Punjab Mental Hospital Lahore 1932-46 - 1932-1946
Year: 1932
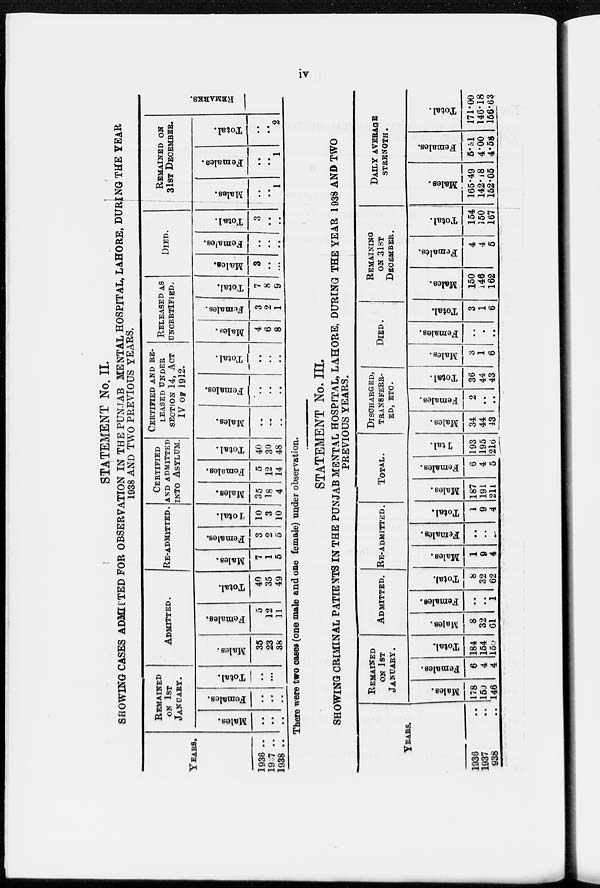
iv
STATEMENT No. II.
SHOWING CASES ADMITTED FOR OBSERVATION IN THE PUNJAB MENTAL HOSPITAL, LAHORE, DURING THE YEAR
1938 AND TWO PREVIOUS YEARS.
YEARS.
1936 ..
1937 ..
1938 ..
REMAINED
ON 1ST
JANUARY.
Males.
..
..
..
Females.
..
..
..
Total.
..
...
ADMTTED.
Males.
35
23
38
Females.
5
12
11
Total.
40
35
49
RE-ADMITTED.
Males.
7
1
5
Females.
3
2
5
Total.
10
3
10
CERTIFIED
AND ADMITTED
INTO ASYLUM.
Males.
35
18
4
Females.
5
12
14
Total.
40
30
48
CERTIFIED AND RE-
------ UNDER
SECTION 14, ACT
IV OF 1912.
Males.
..
..
..
Females.
..
..
..
Total.
..
..
..
RELEASED AS
UNCERTIFIED.
Males.
4
6
8
Females.
3
2
1
Total.
7
8
9
DIED.
Males.
3
..
..
Females.
..
..
..
Total.
3
..
..
REMAINED ON
31ST DECEMBER.
Males.
..
..
1
Females.
..
..
1
Total.
..
..
2
REMARKS.
There were two cases (one male and one female) under observation.
STATEMENT No. III.
SHOWING CRIMINAL PATIENTS IN THE PUNJAB MENTAL HOSPITAL, LAHORE, DURING THE YEAR 1938 AND TWO
PREVIOUS YEARS.
YEARS.
1936 ..
1937 ..
1938 ..
REMAINED
ON 1ST
JANUARY.
Males.
178
150
146
Females.
6
4
4
Total.
184
154
150
ADMITTED.
Males.
8
32
6l
Females.
..
..
1
Total.
8
32
62
RE-ADMITTED.
Males.
1
9
4
Females.
..
..
..
Total.
1
9
4
TOTAL.
Males.
187
191
211
Females.
6
4
5
Total.
193
195
216
DISCHARGED,
TRANSFERR-
ED, ETC.
Males.
34
44
43
Females.
2
..
..
Total.
36
44
43
DIED.
Males.
3
1
6
Females.
..
..
..
Total.
3
1
6
REMAINING
ON 31ST
DECEMBER.
Males.
150
146
162
Females.
4
4
5
Total.
154
150
167
DAILY AVERAGE
STRENGTH.
Males.
165.49
142.18
152.05
Females.
5.51
4.00
4.58
Total.
171.00
146.18
156.63